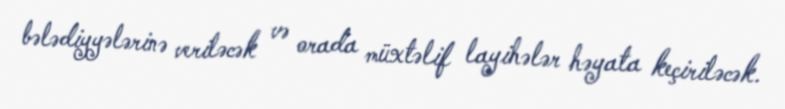
bələdiyyələrinə veriləcək və orada müxtəlif layihələr həyata keçiriləcək.